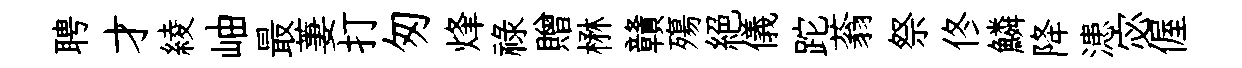
聘才綾岫最萋打匆烽禄贈楙贛殤絶儀跎蓊祭佟鱗降漶宓偓